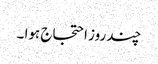
چند روز احتجاج ہوا ۔